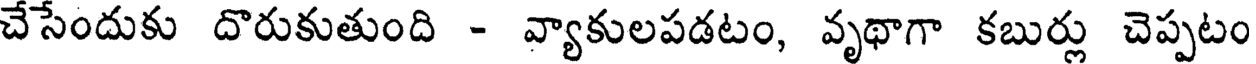
చేసేందుకు దొరుకుతుంది - వ్యాకులపడటం, వృథాగా కబుర్లు చెప్పటం